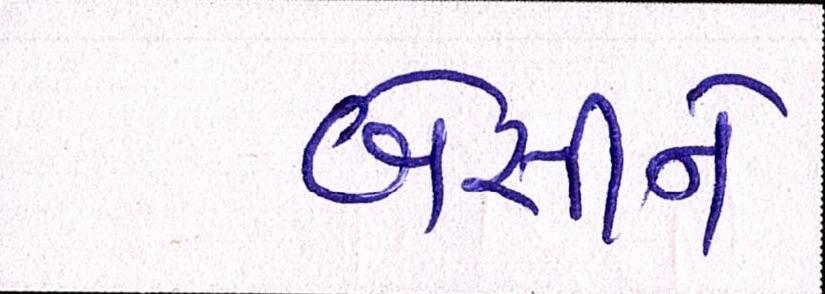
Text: બેસીને